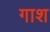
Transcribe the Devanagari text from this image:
गाश